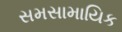
સમસામાયિક